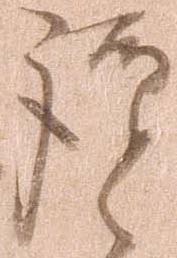
謹